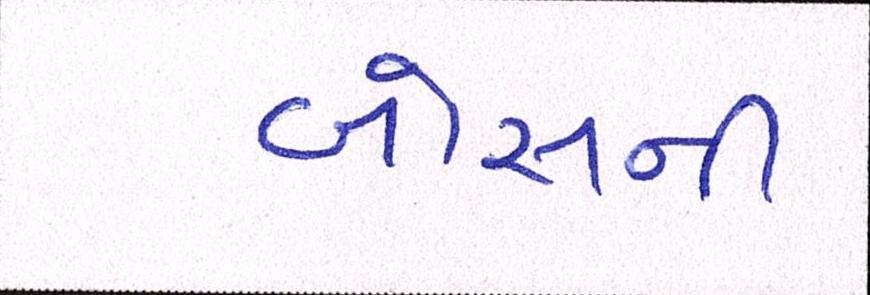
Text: બોસની